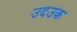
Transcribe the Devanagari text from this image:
उदउक